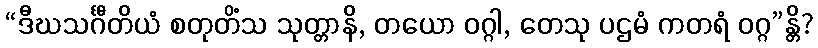
“ဒီဃသင်္ဂီတိယံ စတုတိံသ သုတ္တာနိ, တယော ဝဂ္ဂါ, တေသု ပဌမံ ကတရံ ဝဂ္ဂ”န္တိ?